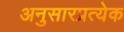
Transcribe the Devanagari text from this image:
अनुसारप्रत्येक